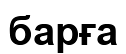
барға